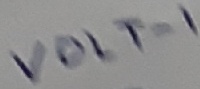
Text: VOLT-1